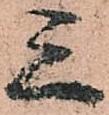
三